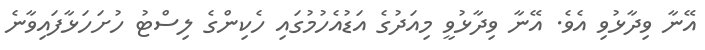
އޭނާ ވިދާޅުވި އެވެ. އޭނާ ވިދާޅުވީ މިއަދުގެ އަޑުއެހުމުގައި ހެކިންގެ ލިސްޓު ހުށަހަޅާފައިވާނެ